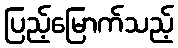
ပြည့်မြောက်သည့်